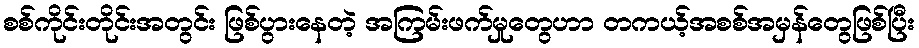
စစ်ကိုင်းတိုင်းအတွင်း ဖြစ်ပွားနေတဲ့ အကြမ်းဖက်မှုတွေဟာ တကယ့်အစစ်အမှန်တွေဖြစ်ပြီး